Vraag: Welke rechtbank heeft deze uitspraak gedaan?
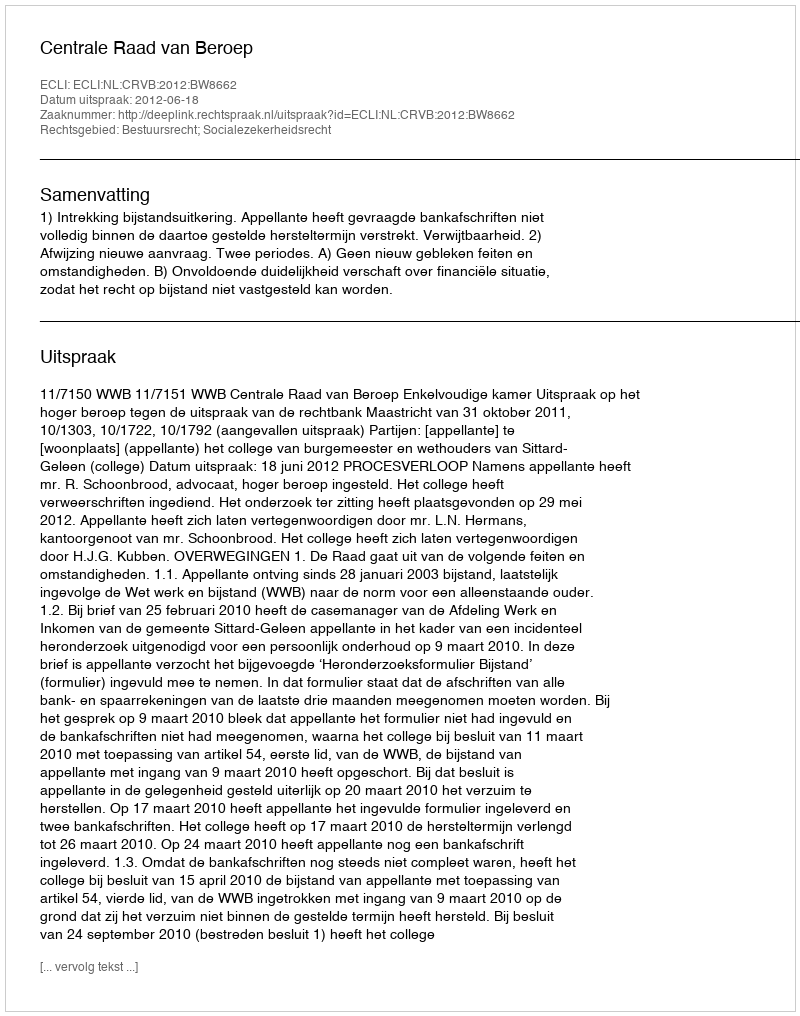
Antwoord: Centrale Raad van Beroep